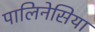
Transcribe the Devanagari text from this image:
पालिनेसिया